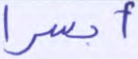
أبشرا